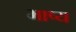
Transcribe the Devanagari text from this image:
भाष्‍य